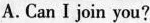
A. Can I join you?